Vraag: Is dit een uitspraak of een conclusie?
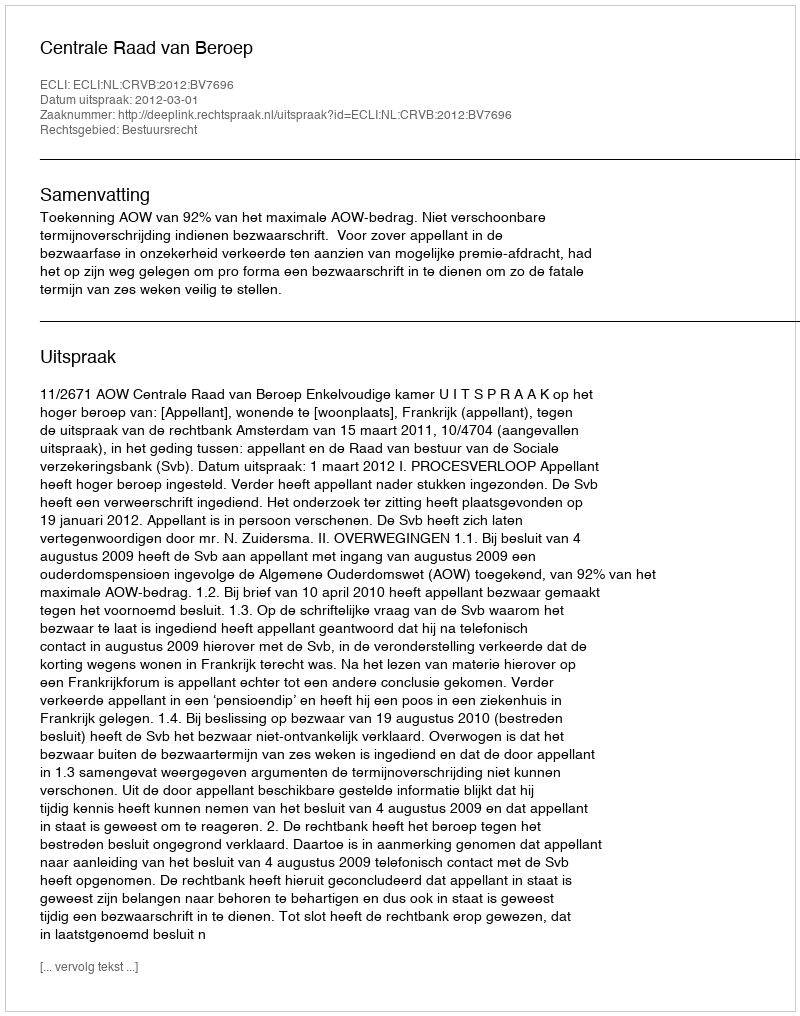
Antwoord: Uitspraak